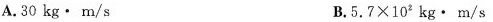
A.30kg·m/s B.5.7×102kg·m/s